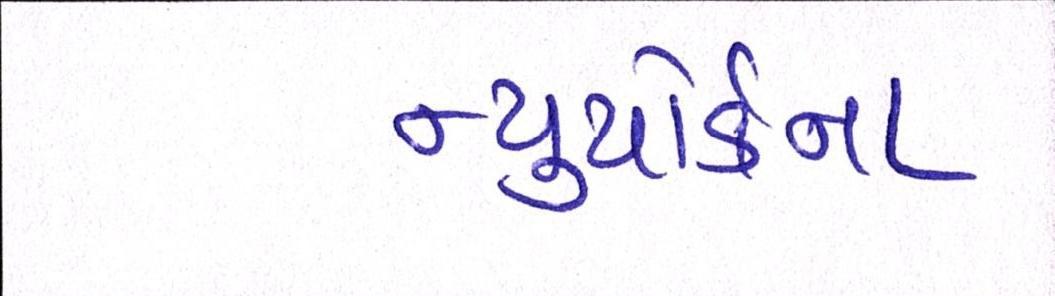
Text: ન્યુયોર્કના